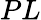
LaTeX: PL